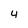
Character: 4